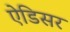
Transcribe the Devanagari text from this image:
ऐडिसर